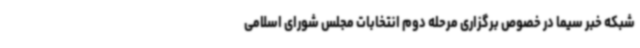
شبکه خبر سیما در خصوص برگزاری مرحله دوم انتخابات مجلس شورای اسلامی